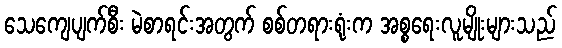
သေကျေပျက်စီး မဲစာရင်းအတွက် စစ်တရားရုံးက အစ္စရေးလူမျိုးများသည်